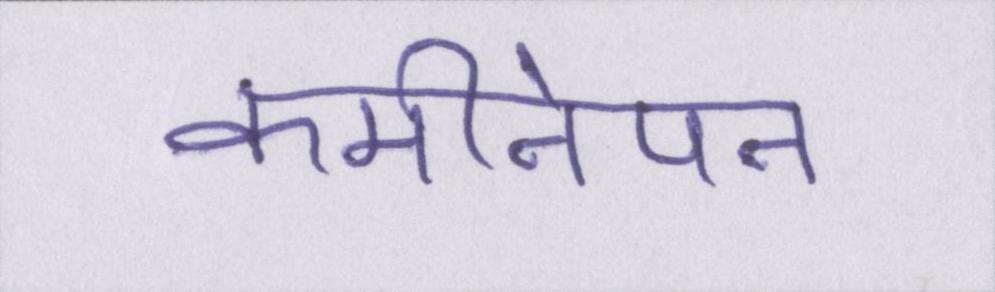
कमीनेपन